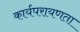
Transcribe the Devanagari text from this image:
कार्यपरायणता